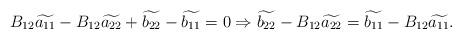
LaTeX: \begin{align*} B_{12}\widetilde{a_{11}}-B_{12}\widetilde{a_{22}}+\widetilde{b_{22}}-\widetilde{b_{11}} = 0 \Rightarrow\widetilde{b_{22}} - B_{12}\widetilde{a_{22}} = \widetilde{b_{11}} - B_{12}\widetilde{a_{11}} . \end{align*}